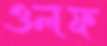
ওলফ